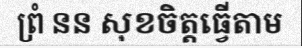
ព្រំ នន សុខចិត្តធ្វើតាម